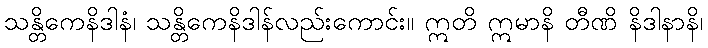
သန္တိကေနိဒါနံ၊ သန္တိကေနိဒါန်လည်းကောင်း။ ဣတိ ဣမာနိ တီဏိ နိဒါနာနိ၊